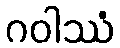
ဂဝါဿံ